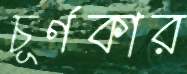
চূর্ণকার